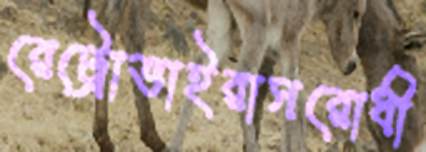
রেট্রোভাইরাসরোধী